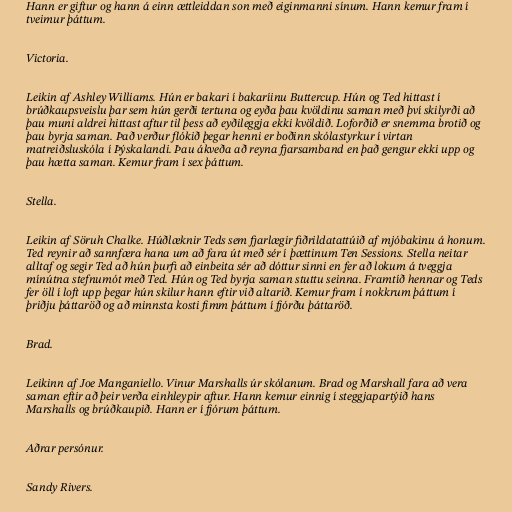
Hann er giftur og hann á einn ættleiddan son með eiginmanni sínum. Hann kemur fram í
tveimur þáttum.

Victoria.

Leikin af Ashley Williams. Hún er bakari í bakaríinu Buttercup. Hún og Ted hittast í
brúðkaupsveislu þar sem hún gerði tertuna og eyða þau kvöldinu saman með því skilyrði að
þau muni aldrei hittast aftur til þess að eyðileggja ekki kvöldið. Loforðið er snemma brotið og
þau byrja saman. Það verður flókið þegar henni er boðinn skólastyrkur í virtan
matreiðsluskóla í Þýskalandi. Þau ákveða að reyna fjarsamband en það gengur ekki upp og
þau hætta saman. Kemur fram í sex þáttum.

Stella.

Leikin af Söruh Chalke. Húðlæknir Teds sem fjarlægir fiðrildatattúið af mjóbakinu á honum.
Ted reynir að sannfæra hana um að fara út með sér í þættinum Ten Sessions. Stella neitar
alltaf og segir Ted að hún þurfi að einbeita sér að dóttur sinni en fer að lokum á tveggja
mínútna stefnumót með Ted. Hún og Ted byrja saman stuttu seinna. Framtíð hennar og Teds
fer öll í loft upp þegar hún skilur hann eftir við altarið. Kemur fram í nokkrum þáttum í
þriðju þáttaröð og að minnsta kosti fimm þáttum í fjórðu þáttaröð.

Brad.

Leikinn af Joe Manganiello. Vinur Marshalls úr skólanum. Brad og Marshall fara að vera
saman eftir að þeir verða einhleypir aftur. Hann kemur einnig í steggjapartýið hans
Marshalls og brúðkaupið. Hann er í fjórum þáttum.

Aðrar persónur.

Sandy Rivers.